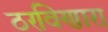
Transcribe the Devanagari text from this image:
ठरविणारा